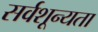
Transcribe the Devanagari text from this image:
सर्वशून्यता